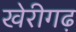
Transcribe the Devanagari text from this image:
खेरीगढ़